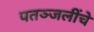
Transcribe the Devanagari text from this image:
पतञ्जलींचे